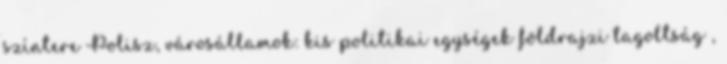
színtere Polisz, városállamok: kis politikai egységek földrajzi tagoltság ,